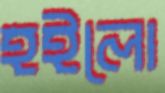
হইলো